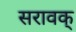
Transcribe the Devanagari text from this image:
सरावक्